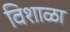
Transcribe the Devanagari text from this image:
विशाळा